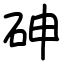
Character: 砷